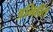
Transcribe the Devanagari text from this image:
अभिहीत